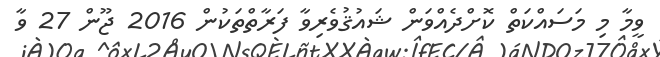
ވީމާ މި މަސައްކަތް ކޮށްދެއްވަން ޝައުޤުވެރިވާ ފަރާތްތަކުން 2016 ޖޫން 27 ވާ